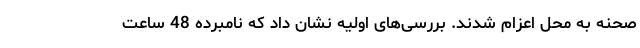
صحنه به محل اعزام شدند. بررسی‌های اولیه نشان داد که نامبرده 48 ساعت